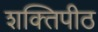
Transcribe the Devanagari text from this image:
शक्‍तिपीठ